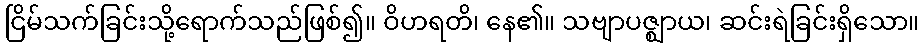
ငြိမ်သက်ခြင်းသို့ရောက်သည်ဖြစ်၍။ ဝိဟရတိ၊ နေ၏။ သဗျာပဇ္ဈာယ၊ ဆင်းရဲခြင်းရှိသော။